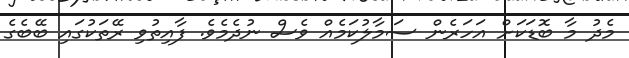
މެދު މާ ބޮޑަކަށް އަހަރެން ސަމާލުކަމެއް ވެސް ނުދެމެވެ. ފާއިތުވި ރޭތަކުގައި ބޭބެގެ